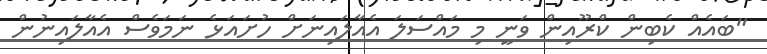
"ބައެއް ކެބިން ކްރޫއިން ވަނީ މި މައްސަލަ އެއާލައިނަށް ހުށައަޅެ ނަމަވެސް އެއާލައިނުން